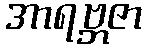
အာရဗ္ဘဇာ